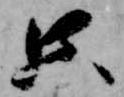
只